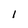
Character: I